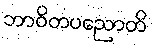
ဘာဝိတပညောတိ